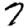
Digit: 7